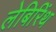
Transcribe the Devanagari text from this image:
लेबिरिंथ